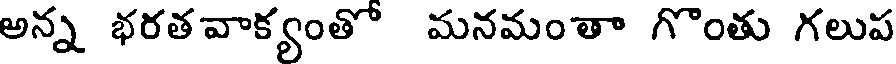
అన్న భరతవాక్యంతో మనమంతా గొంతు గలుప